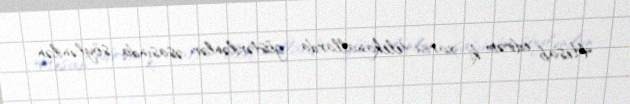
Hesab edirəm ki, xarici telekanallarda göstərilənlər əsasında söylənilən